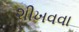
શીખવવા